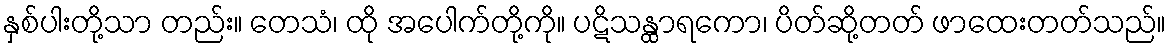
နှစ်ပါးတို့သာ တည်း။ တေသံ၊ ထို အပေါက်တို့ကို။ ပဋိသန္ထာရကော၊ ပိတ်ဆို့တတ် ဖာထေးတတ်သည်။